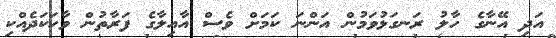
އަދި އޭނާގެ ހާލު ރަނގަޅުވަމުން އަންނަ ކަމަށް ވެސް އާއިލާގެ ފަރާތުން ވާހަކަދެއްކި